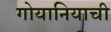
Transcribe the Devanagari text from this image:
गोयानियाची